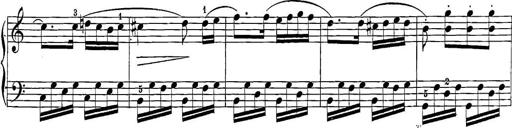
Title: 12 Sonatine per Pianoforte
Composer: Friedrich Kuhlau